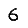
Digit: 6